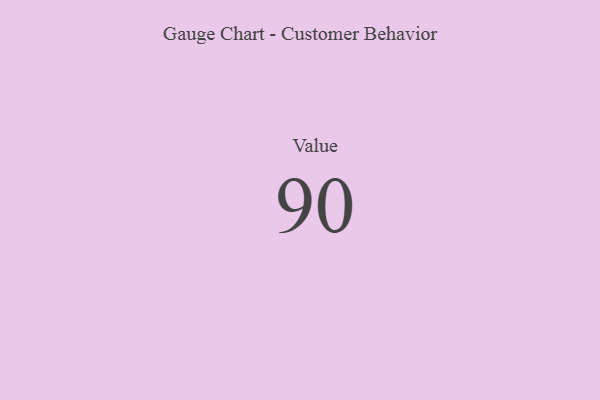
{"axis": {"x": "Metric", "y": "Value"}, "legend": [""], "data": [{"x": "Value", "y": 90, "type": ""}]}